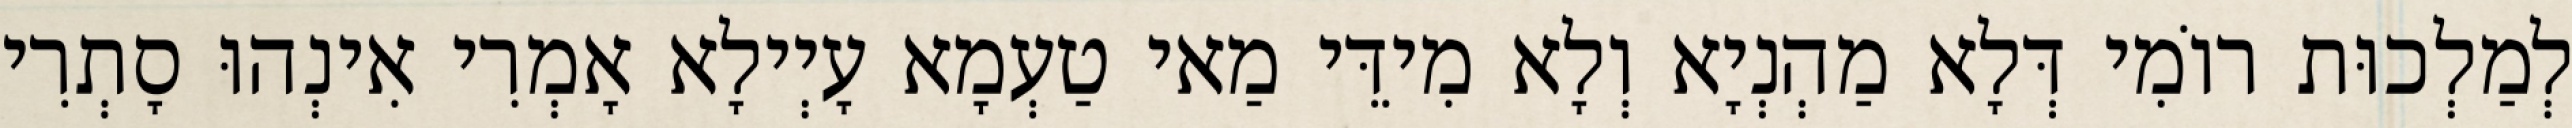
לְמַלְכוּת רוֹמִי דְּלָא מַהְנְיָא וְלָא מִידֵּי מַאי טַעְמָא עָיְילָא אָמְרִי אִינְהוּ סָתְרִי